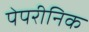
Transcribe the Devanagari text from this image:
पेपरीनिक